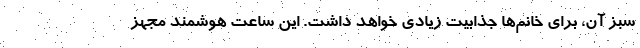
سبز آن، برای خانم‌ها جذابیت زیادی خواهد داشت. این ساعت هوشمند مجهز